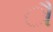
ૌ